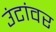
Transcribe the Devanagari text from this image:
उंटांवर